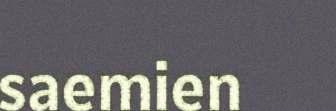
saemien